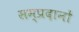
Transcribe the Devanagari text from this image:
सम्प्रदानों